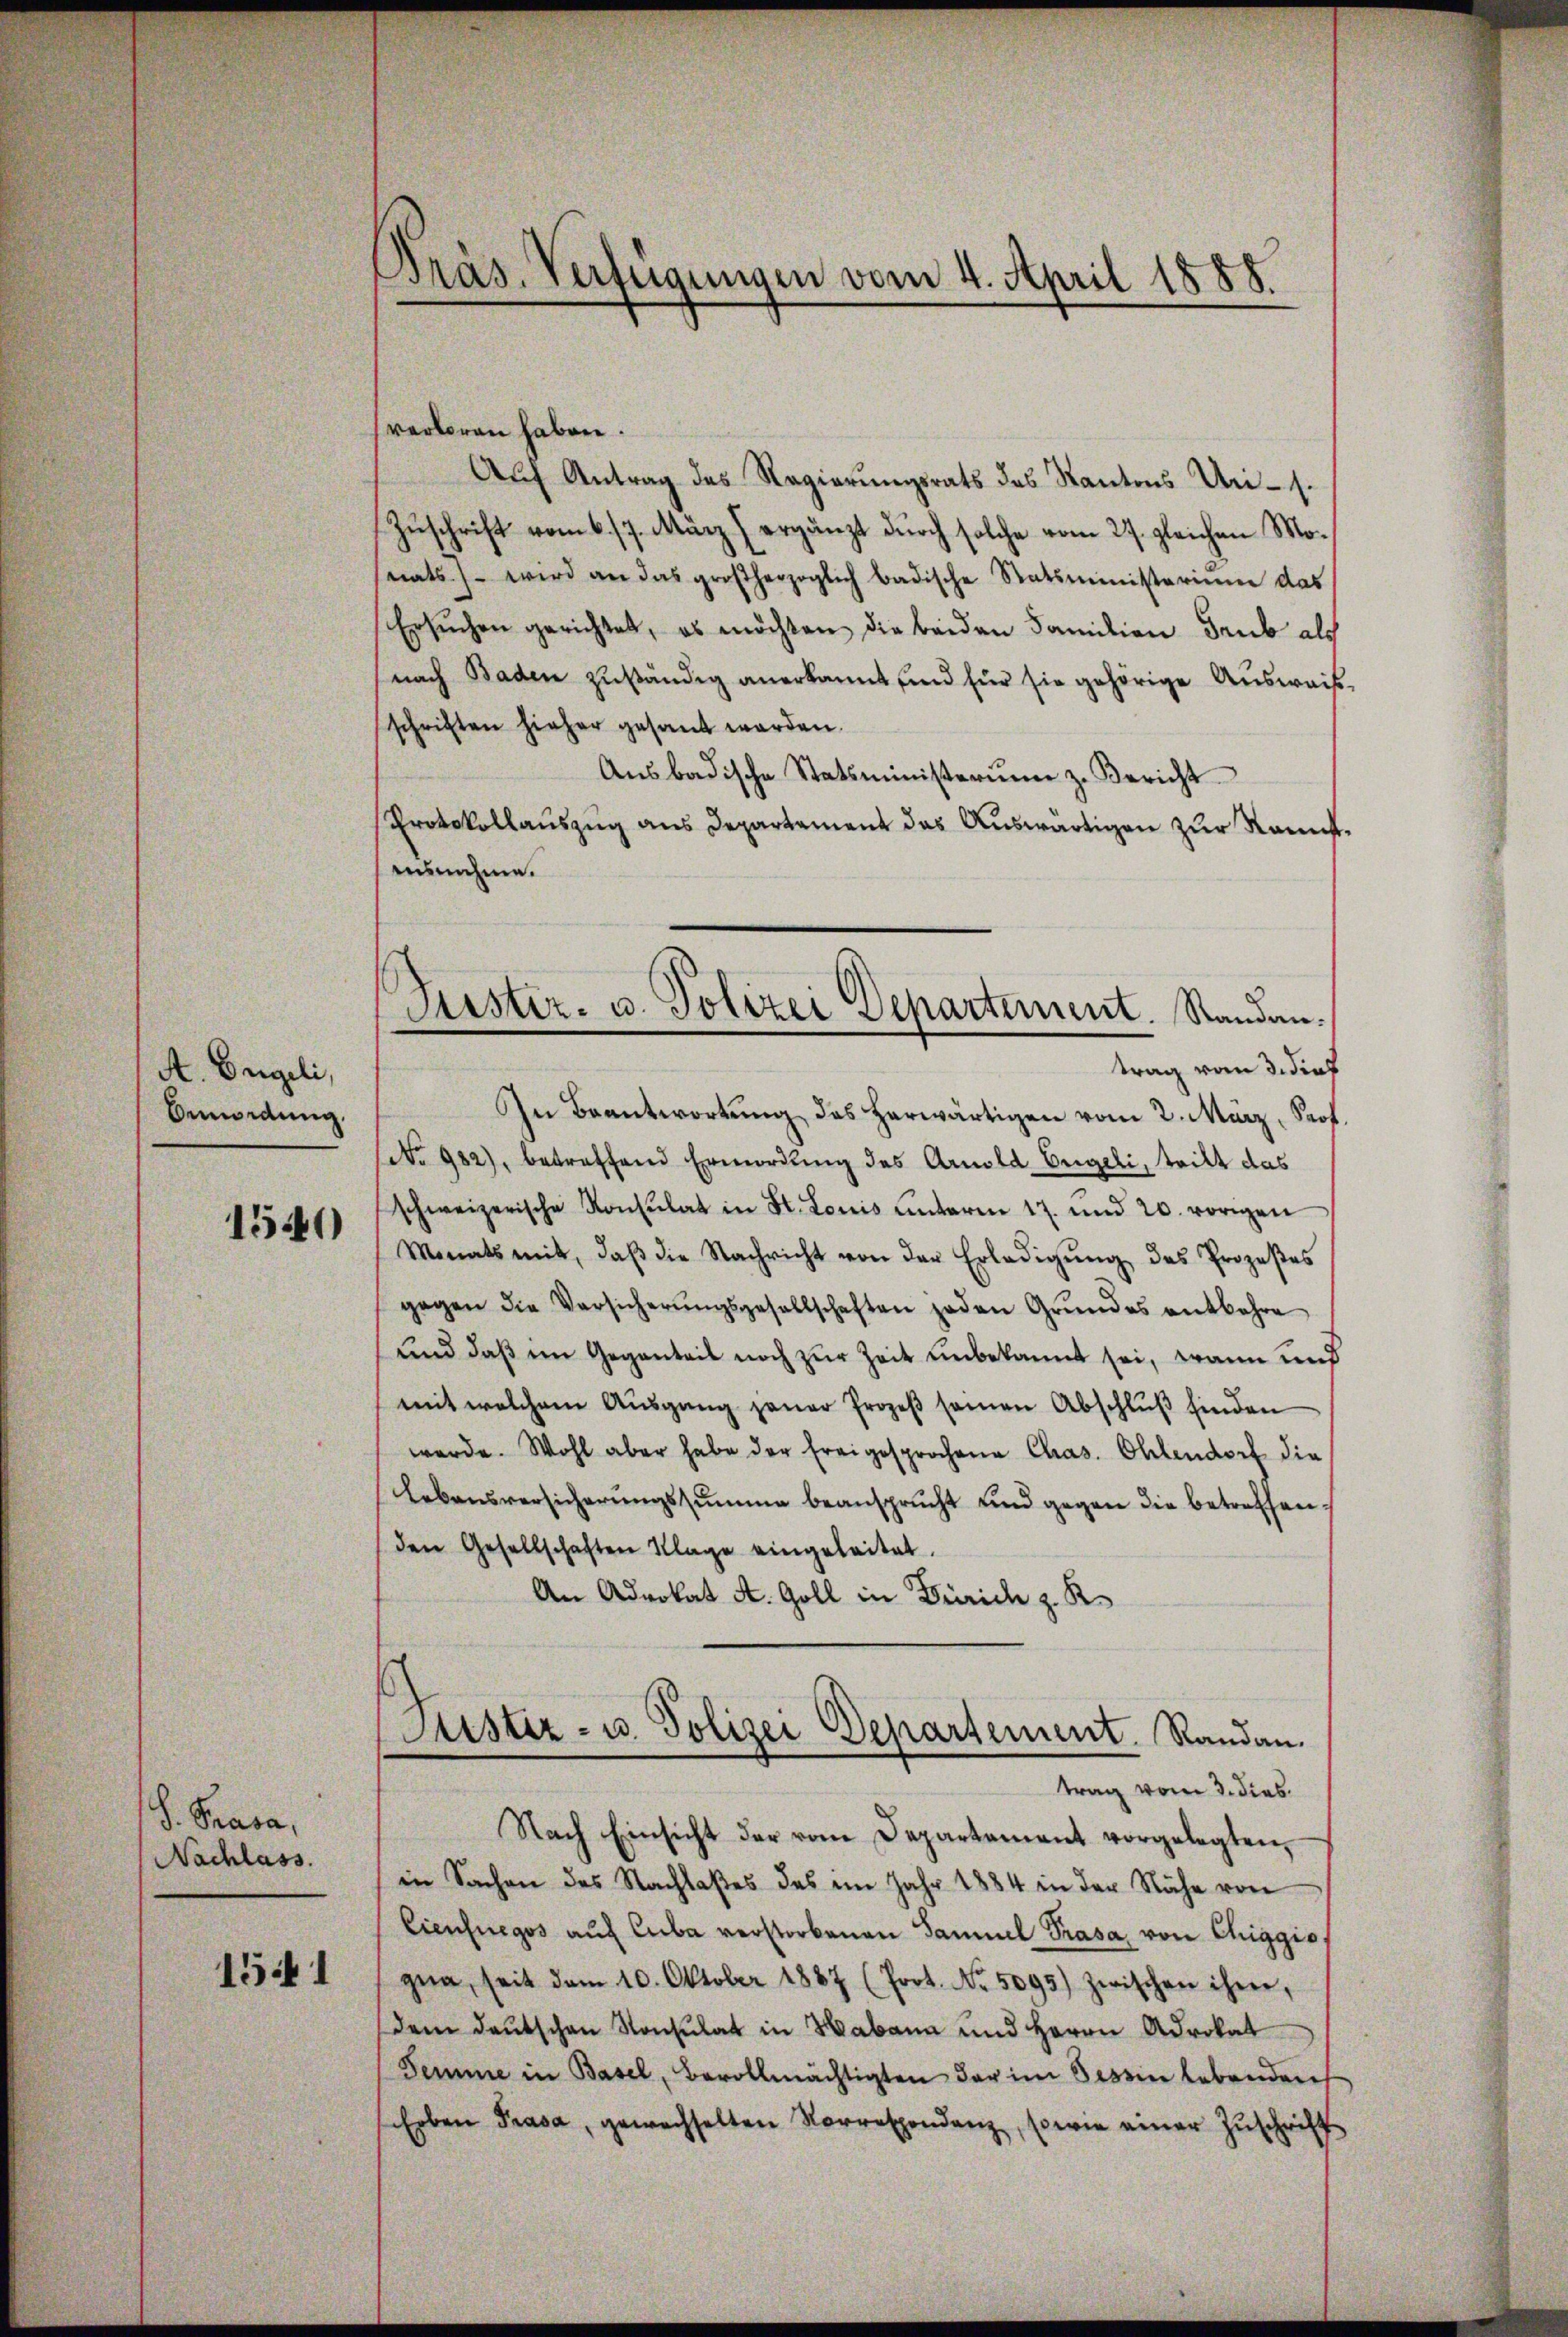
A. Engeli,
Anmordung.

1540

S. Trasa,
Nachlass.

1541

Pras. Verfügungen vom 4. April 1888.

Puster- u. Polizei Departement. Standantrag vom 3. dies

verloren haben.
Auf Antrag des Regierungsrats des Kantons Uri-s.
Zuschrift vom 6./7. März (ergänzt durch solche vom 27. gleichen Monats wird an das großherzoglich badische Statsministerium das
Ersŭchen gerichtet, es möchten die beiden Familien Taub als
nach Baden zuständig anerkannt und für sie gehörige Ausweis
schriften hieher gesandt werden.
Ausbadische Statsministerumm z. Bericht
Protokollauszug aus Departament das Auswärtigen zur Raus
ausnahme.
In Beantwortung das herwärtigen vom 2. März, Prof.
No 982), betreffend Ermordung des Arnold Engeli, tritt das
schweizerische Konsulat in St. Louis unterm 17. und 20. vorigen
Monats mit, daβ die Nachricht von der Erledigŭng des Prozeβes
gegen die Versicherŭngsgesellschaften jeden Grŭndes entbehre
und daß im Gegenteil noch zur Zeit unbekannt sei, wann und
mit welchem Aŭsgang jener Prozeβ seinen Abschlŭβ finden
werde. Wohl aber habe der freigesprochene Chas. Ohlendorf die
Lebensversicherŭngssumme beansprucht und gegen die betreffen,
den Gesellschaften Klage eingeleitet.
An Advokat A. Goll in Zürich z. K.
Justiz- u. Polizei Departement. Randau.
trag vom 3. dies
Nach Einsicht der vom Departament vorgelegten,
in Sachen des Nachlaßes des im Jahr 1884 in der Nähe von
Eienfuegos auf Cuba verstorbenen Samuel Prasa von Chiggis
gna, seit dem 10. Oktober 1887 (Poot. No. 5095) zwischen ihrer,
dem deŭtschen Konsulat in Habana und Herrn Advokat
Temme in Basel, Bevollmächtigten der im Tessin lebenden
Erben Prasa, gewechselten Vorrespondenz, sowie einer Zuschrift